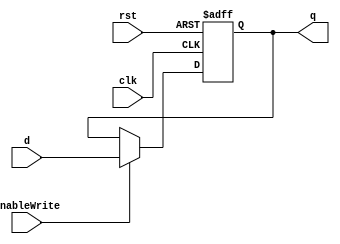
`ifndef __RegisterResettable32b__
`define __RegisterResettable32b__

module RegisterResettable32b(
    clk,
    rst,
    enableWrite,
    d,
    q
);
    input wire clk;
    input wire rst;
    input wire enableWrite;
    input wire [31:0] d;
    output reg [31:0] q;

    always @(posedge clk or posedge rst) begin
        if (rst) begin
            // q <= 32'h00400020;
            q <= 32'h00000000;
        end else begin
            if (enableWrite)
                q <= d;
        end
    end

endmodule // RegisterResettable32b

`endif